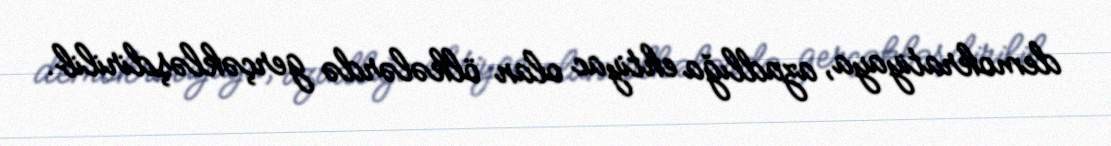
demokratiyaya, azadlığa ehtiyac olan ölkələrdə gerçəkləşdirilib.